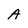
Character: A